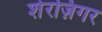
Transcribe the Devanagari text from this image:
शेरज़िगर